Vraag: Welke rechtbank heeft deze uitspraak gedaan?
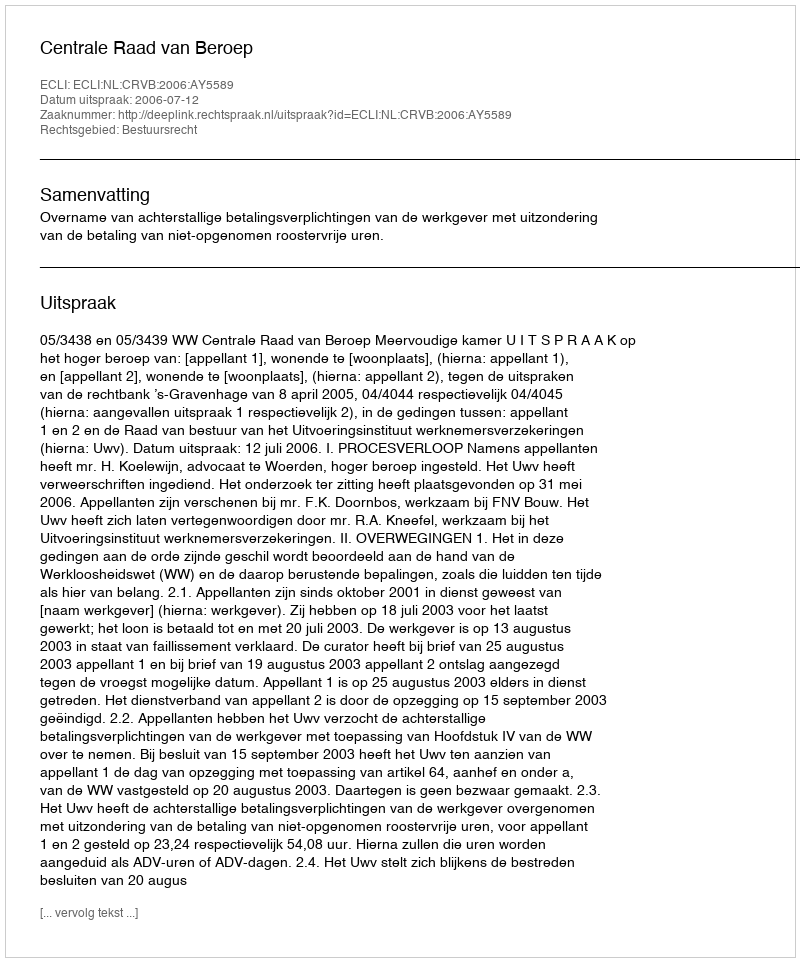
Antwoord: Centrale Raad van Beroep